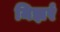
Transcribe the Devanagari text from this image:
निझर्र